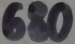
Text: 680